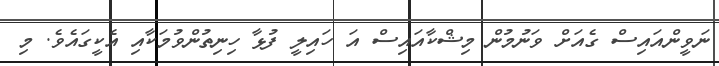
ނަވީންއައިސް ގެއަށް ވަނުމުން މިޝްކާއައިސް އަ ހައިލީ ފުޅާ ހިނިތުންވުމަކާއި އެކީގައެވެ. މި